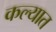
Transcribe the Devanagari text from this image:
कल्यात